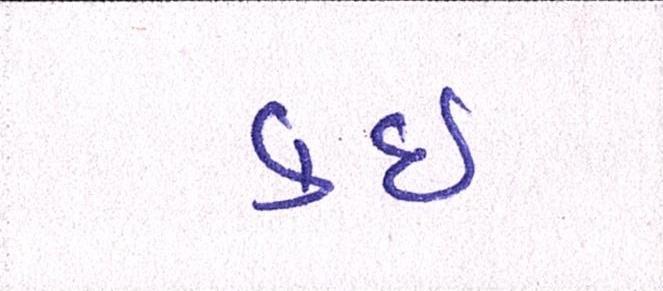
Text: કઇ